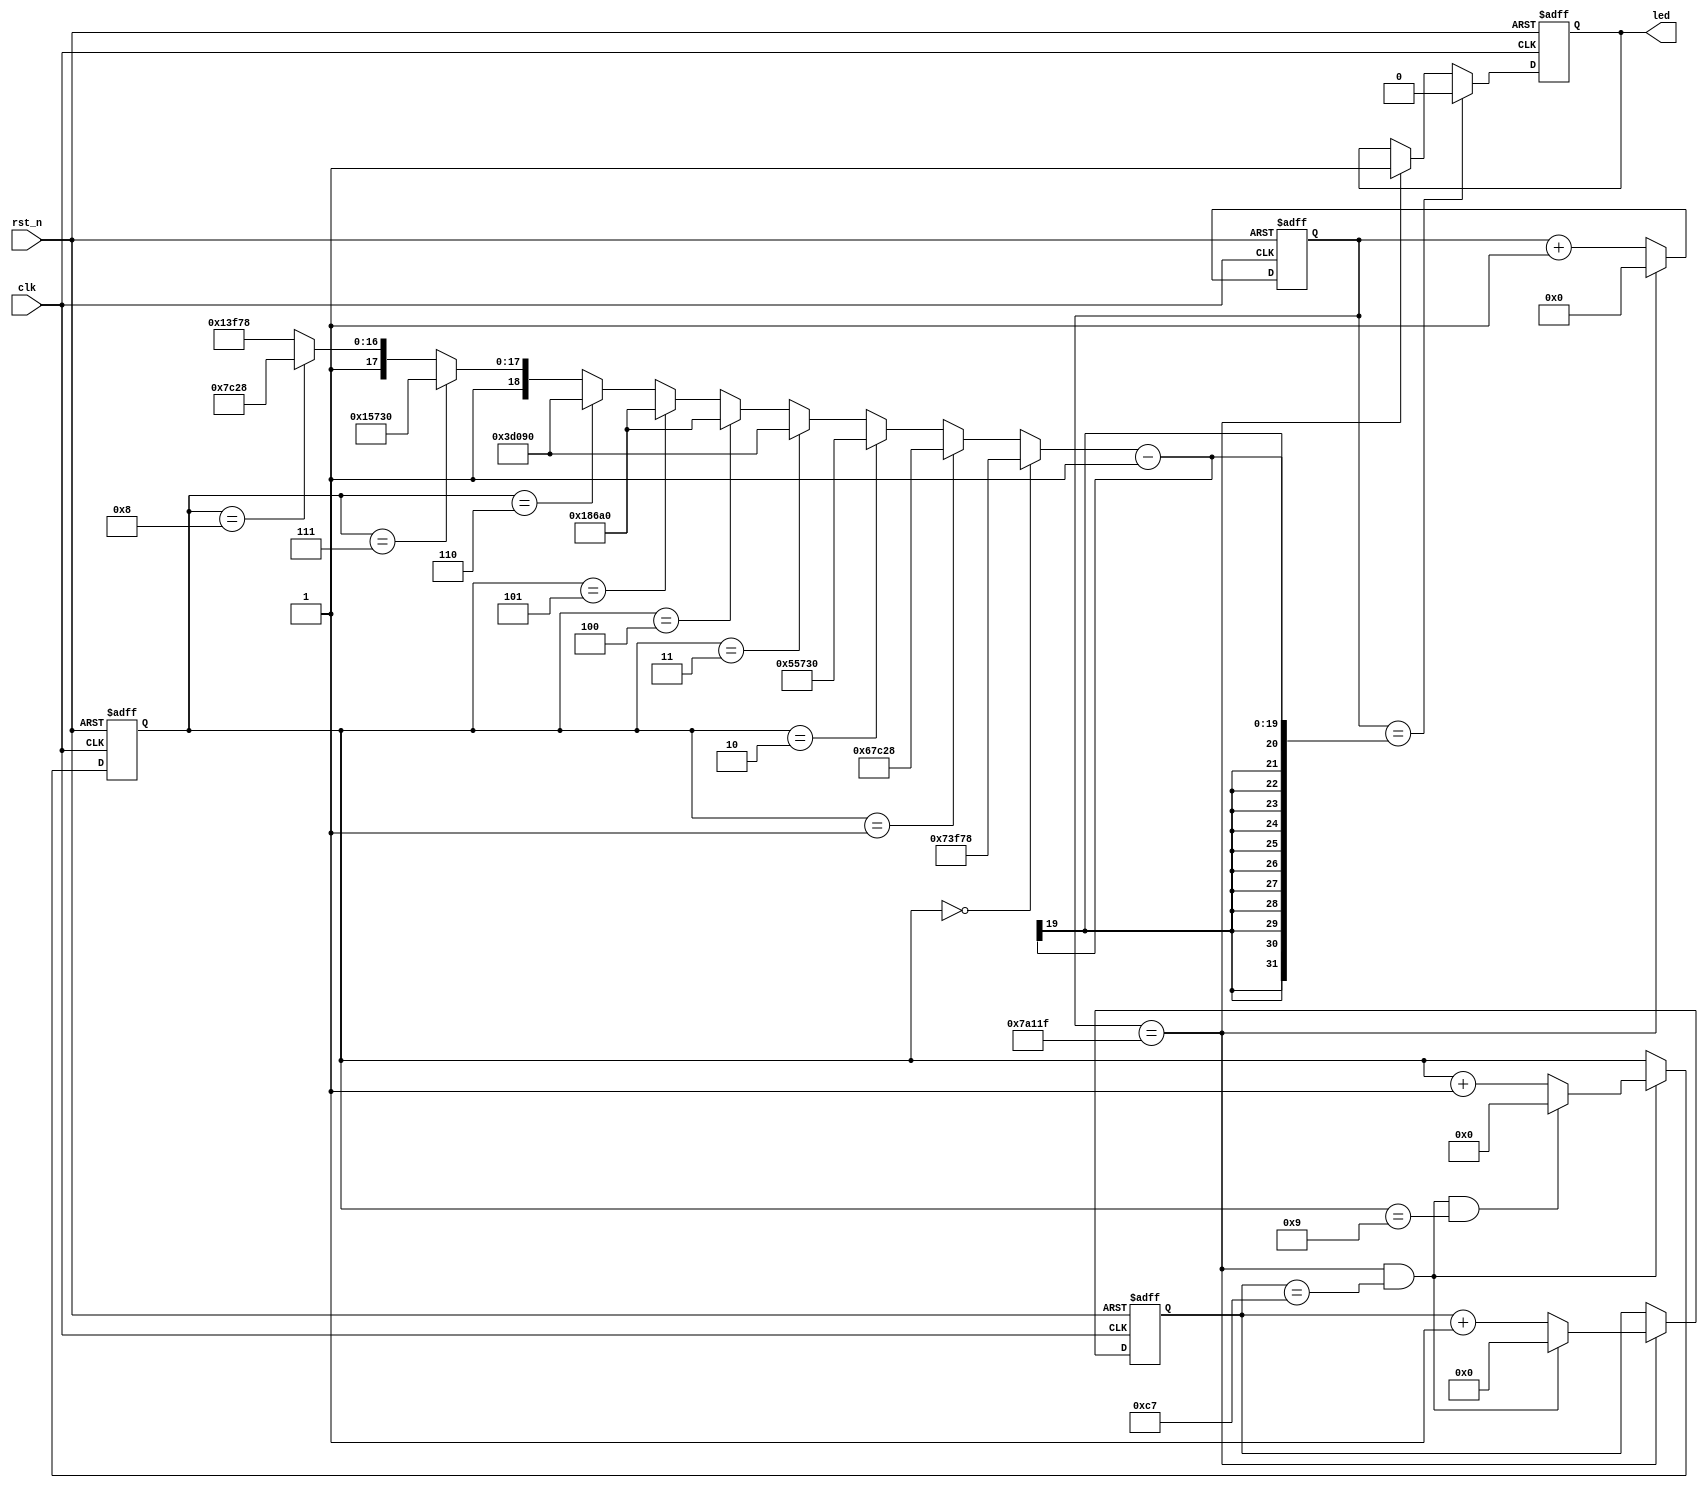
module pwmled(
    clk        ,
    rst_n      ,
    led          
);

parameter    TIMES = 200 ;

input       clk   ;
input       rst_n ;
output      led   ;

reg         led   ;



reg [18:0]  cnt0     ;
wire        add_cnt0 ;
wire        end_cnt0 ;
reg [18:0]  x        ;
always @(posedge clk or negedge rst_n) begin 
    if (rst_n==0) begin
        cnt0 <= 0; 
    end
    else if(add_cnt0) begin
        if(end_cnt0)
            cnt0 <= 0; 
        else
            cnt0 <= cnt0+1 ;
   end
end
assign add_cnt0 = 1;
assign end_cnt0 = add_cnt0  && cnt0 ==500000-1 ;



reg [ 7:0]  cnt1     ;
wire        add_cnt1 ;
wire        end_cnt1 ;
always @(posedge clk or negedge rst_n) begin 
    if (rst_n==0) begin
        cnt1 <= 0; 
    end
    else if(add_cnt1) begin
        if(end_cnt1)
            cnt1 <= 0; 
        else
            cnt1 <= cnt1+1 ;
   end
end
assign add_cnt1 = end_cnt0;
assign end_cnt1 = add_cnt1  && cnt1 == TIMES-1 ;


reg [ 3:0]  cnt2     ;
wire        add_cnt2 ;
wire        end_cnt2 ;
always @(posedge clk or negedge rst_n) begin 
    if (rst_n==0) begin
        cnt2 <= 0; 
    end
    else if(add_cnt2) begin
        if(end_cnt2)
            cnt2 <= 0; 
        else
            cnt2 <= cnt2+1 ;
   end
end
assign add_cnt2 = end_cnt1;
assign end_cnt2 = add_cnt2  && cnt2 == 10-1 ;



always  @(posedge clk or negedge rst_n)begin
    if(rst_n==1'b0)begin
        led <= 1;
    end
    /*
    else if(cnt2==0 && add_cnt0 && cnt0==475000-1)begin
        led <= 0;
    end
    else if(cnt2==1 && add_cnt0 && cnt0==425000-1)begin
        led <= 0;
    end
    */
    else if(add_cnt0 && cnt0==x-1)begin
        led <= 0;
    end
    else if(end_cnt0)begin
        led <= 1;
    end
end

always  @(*)begin
    if(cnt2==0)begin
        x = 475_000;
    end
    else if(cnt2==1)begin
        x = 425_000;
    end
    else if(cnt2==2)begin
        x = 350_000;
    end
    else if(cnt2==3)begin
        x = 250_000;
    end
    else if(cnt2==4)begin
        x = 100_000;
    end
    else if(cnt2==5)begin
        x = 100_000;
    end
    else if(cnt2==6)begin
        x = 250_000;
    end
    else if(cnt2==7)begin
        x = 350_000;
    end
    else if(cnt2==8)begin
        x = 425_000;
    end
    else begin
        x = 475_000;
    end
end






 



endmodule